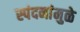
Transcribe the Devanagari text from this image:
स्पंदनांमुळे